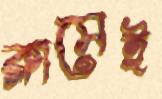
ক্লাসেই